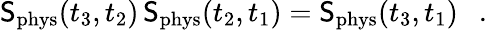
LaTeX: \mathsf{S}_{\mathrm{{phys}}}(t_{3},t_{2})\, \mathsf{S}_{\mathrm{{phys}}}(t_{2},t_{1})=\mathsf{S}_{\mathrm{{phys}}}(t_{3},t_{1})\ \ \ .